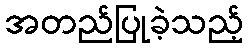
အတည်ပြုခဲ့သည့်